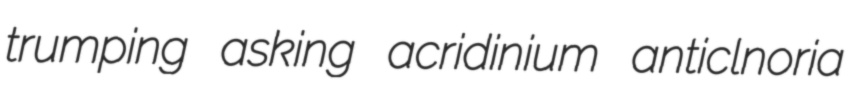
trumping asking acridinium anticlnoria